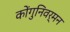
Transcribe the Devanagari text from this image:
कोंगुनिवर्मन